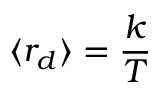
\langle r _ { d } \rangle = \frac { k } { T }